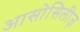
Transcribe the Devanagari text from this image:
आसोसिलीज़